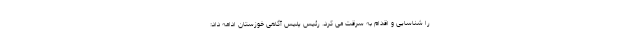
را شناسایی و اقدام به سرقت می کرد. رئیس پلیس آگاهی خوزستان ادامه داد: